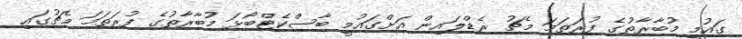
ގައުމީ މުބާރާތުގެ ފުރަތަމަ މެޗު ރެޑްލައިން އަށްގައުމީ ބާސްކެޓްބޯޅަ މުބާރާތުގެ ފުރަތަމަ މެޗުގައި